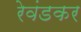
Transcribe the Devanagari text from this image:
रेवंडकर